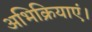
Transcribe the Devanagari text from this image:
अभिक्रियाएं।